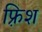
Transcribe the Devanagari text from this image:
फ़्रिश